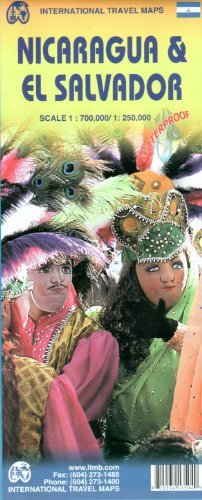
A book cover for Nicaragua & El Salvador 1:700 000/1:250 000 water proof map. (International Travel Maps) [Map] [2012] (Author) ITMB Canada; Travel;